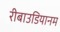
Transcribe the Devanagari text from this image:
रीबाउडियानम